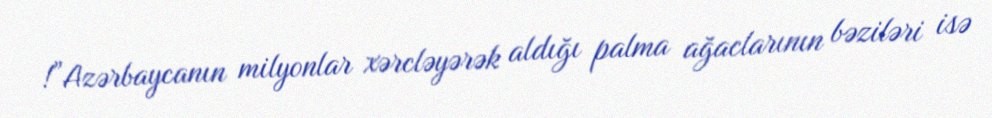
!”Azərbaycanın milyonlar xərcləyərək aldığı palma ağaclarının bəziləri isə